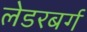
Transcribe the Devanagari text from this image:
लेडरबर्ग